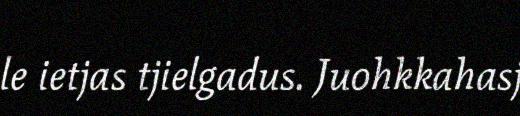
le ietjas tjielgadus. Juohkkahasj